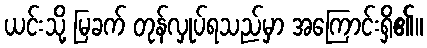
ယင်းသို့ မြခက် တုန်လှုပ်ရသည်မှာ အကြောင်းရှိ၏။